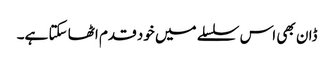
ڈان بھی اس سلسلے میں خود قدم اٹھا سکتا ہے۔